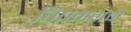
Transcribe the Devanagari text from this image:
विषमतांची